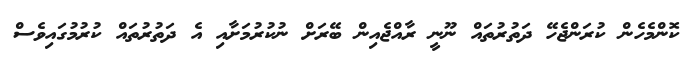
ކޮންމެހެން ކުރަންޖެހޭ ދަތުރުތައް ނޫނީ ރާއްޖެއިން ބޭރަށް ނުކުރުމަށާއި އެ ދަތުރުތައް ކުރުމުގައިވެސް